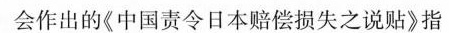
会作出的《中国责令日本赔偿损失之说贴》指